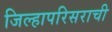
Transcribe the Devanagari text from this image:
जिल्हापरिसराची